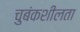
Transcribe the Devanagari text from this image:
चुबंकशीलता